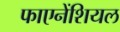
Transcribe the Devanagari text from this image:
फाएनेंशियल